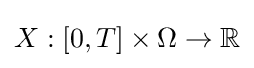
X:[0,T]\times \Omega \to \mathbb {R}